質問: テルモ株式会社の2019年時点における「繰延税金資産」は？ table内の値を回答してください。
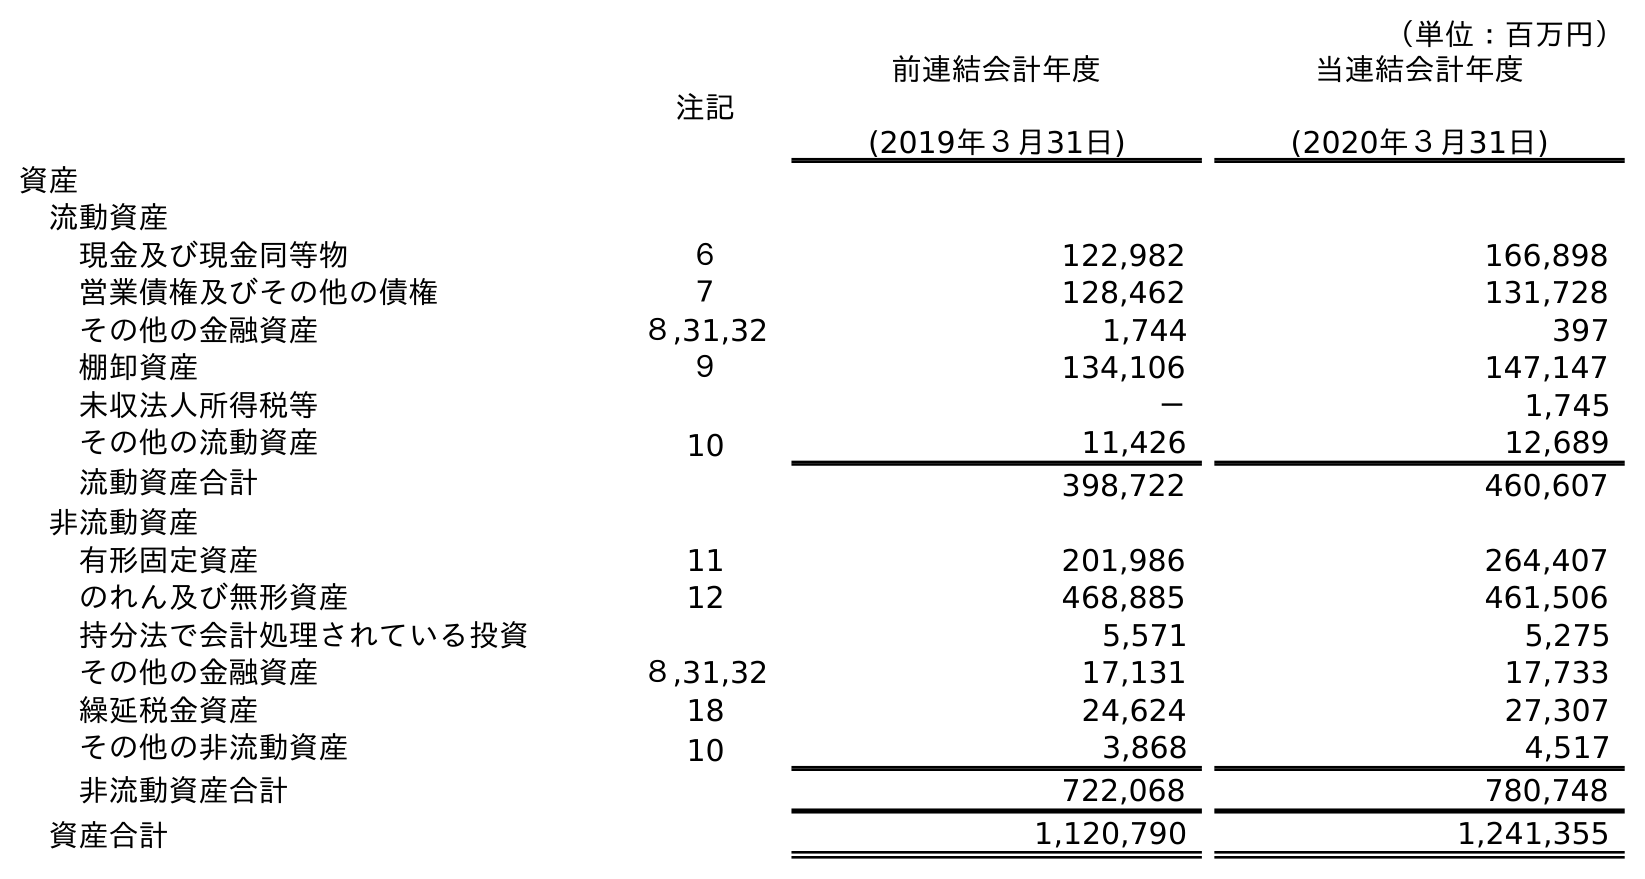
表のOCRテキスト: （単位：百万円） 注記 前連結会計年度 (2019年３月31日) 当連結会計年度 (2020年３月31日) 資産 流動資産 現金及び現金同等物 ６ 122,982 166,898 営業債権及びその他の債権 ７ 128,462 131,728 その他の金融資産 ８,31,32 1,744 397 棚卸資産 ９ 134,106 147,147 未収法人所得税等 － 1,745 その他の流動資産 10 11,426 12,689 流動資産合計 398,722 460,607 非流動資産 有形固定資産 11 201,986 264,407 のれん及び無形資産 12 468,885 461,506 持分法で会計処理されている投資 5,571 5,275 その他の金融資産 ８,31,32 17,131 17,733 繰延税金資産 18 24,624 27,307 その他の非流動資産 10 3,868 4,517 非流動資産合計 722,068 780,748 資産合計 1,120,790 1,241,355
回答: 24,624